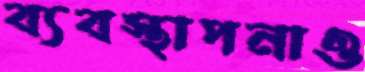
ব্যবস্থাপনাও